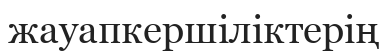
жауапкершіліктерің